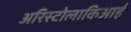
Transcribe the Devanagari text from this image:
अरिस्टोलाकिआई